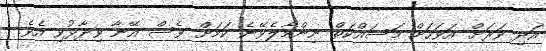
އަދި ވަރަށް އަވަހަށް މަސައްކަތް ނިންމާލެވޭނެ ކަމަށް ވެސް އޭނާ ވިދާޅުވި އެވެ.